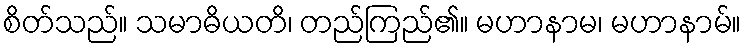
စိတ်သည်။ သမာဓိယတိ၊ တည်ကြည်၏။ မဟာနာမ၊ မဟာနာမ်။